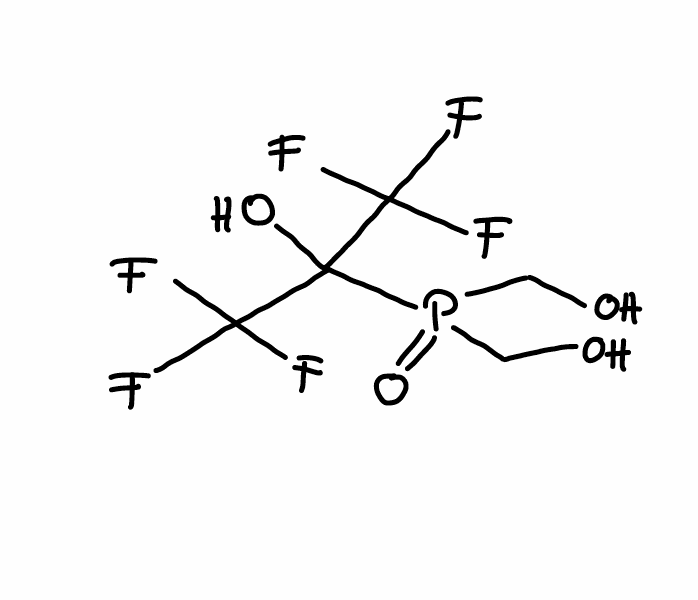
Simplified molecular-input line-entry system (SMILES) notation of the given molecule:
C(O)P(=O)(CO)C(C(F)(F)F)(C(F)(F)F)O